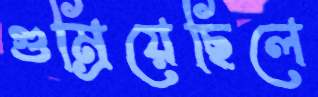
গুম্‌রিয়েছিলে